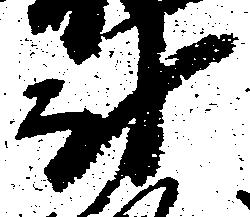
討